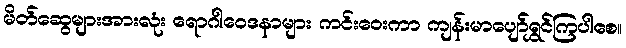
မိတ်ဆွေများအားလုံး ရောဂါဝေဒနာများ ကင်းဝေးကာ ကျန်းမာပျော်ရွှင်ကြပါစေ။